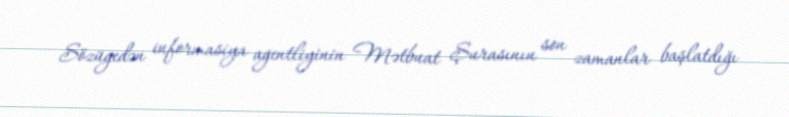
Sözügedən informasiya agentliyinin Mətbuat Şurasının son zamanlar başlatdığı